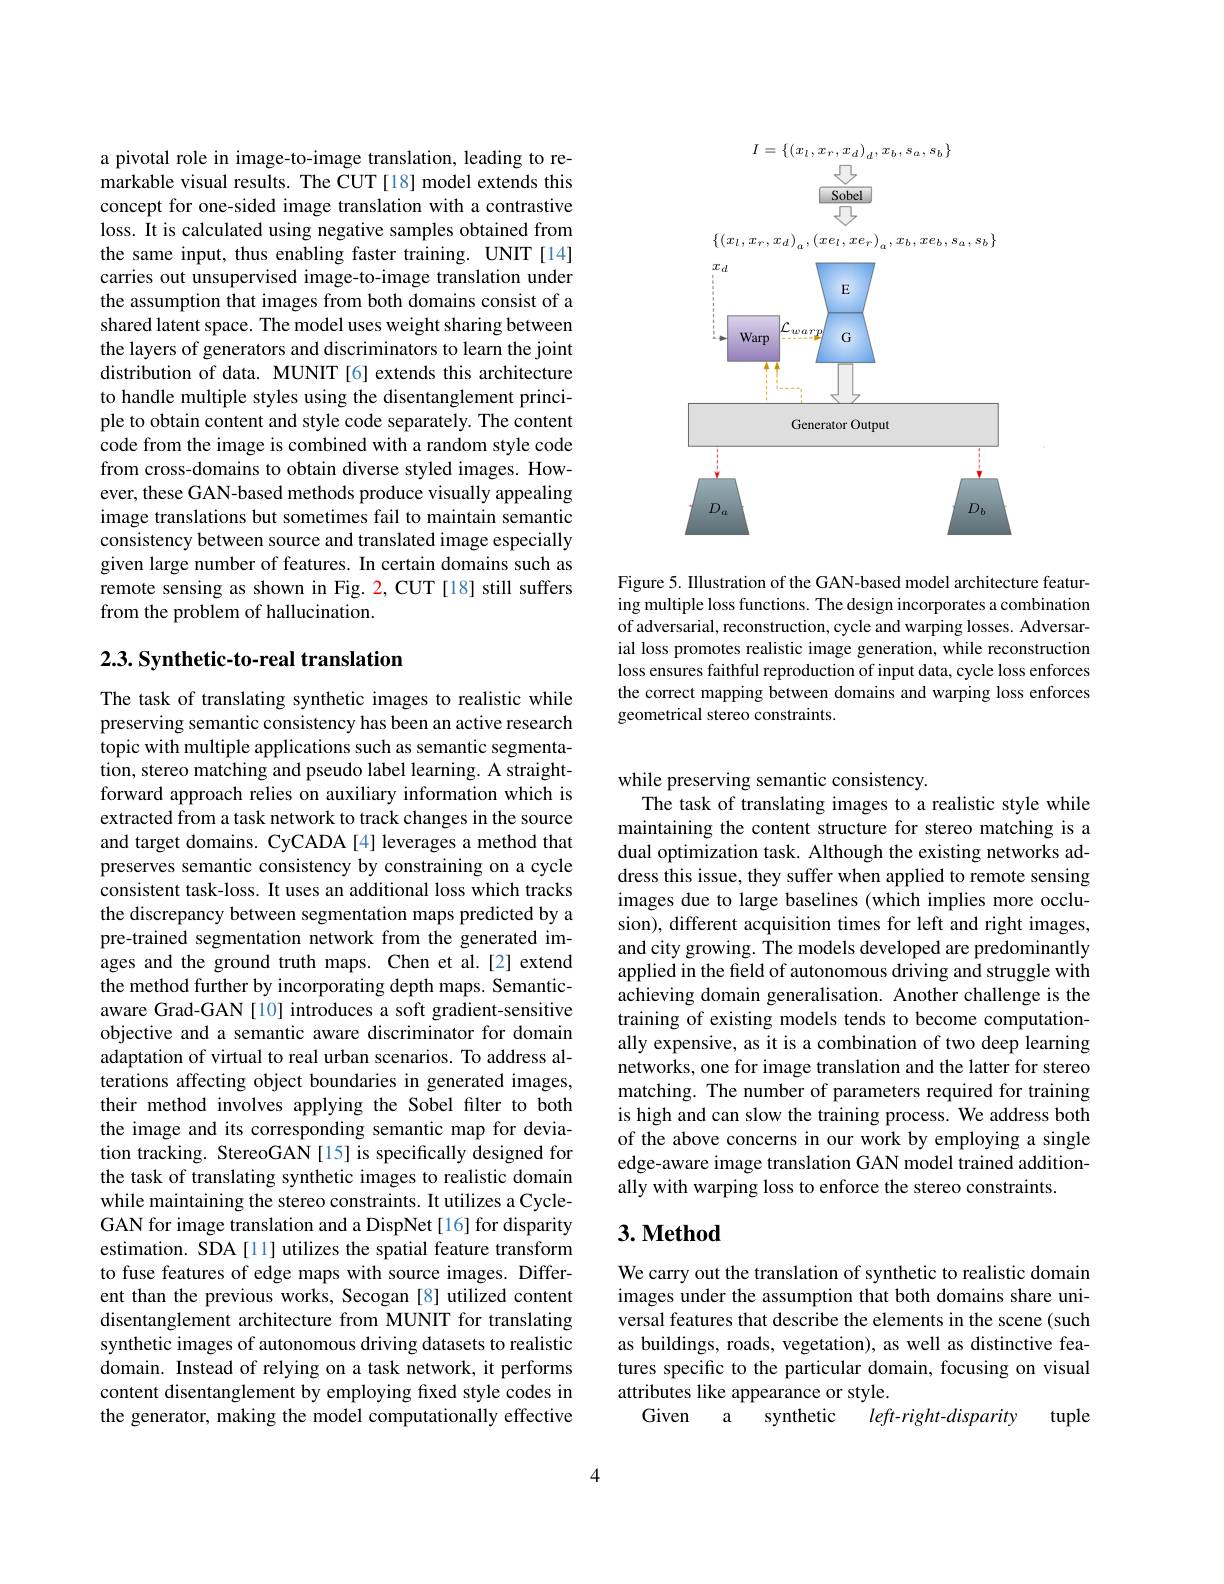
a pivotal role in image-to-image translation, leading to remarkable visual results. The CUT [18] model extends this concept for one-sided image translation with a contrastive loss. It is calculated using negative samples obtained from the same input, thus enabling faster training. UNIT [14] carries out unsupervised image-to-image translation under the assumption that images from both domains consist of shared latent space. The model uses weight sharing between the layers of generators and discriminators to learn the joint distribution of data. MUNIT[6] extends this architecture to handle multiple styles using the disentanglement principle to obtain content and style code separately. The content code from the image is combined with a random style code from cross-domains to obtain diverse styled images. However, these GAN-based methods produce visually appealing image translations but sometimes fail to maintain semantic consistency between source and translated image especially given large number of features. In certain domains such as remote sensing as shown in Fig. 2, CUT [18] still suffers from the problem of hallucination.

## $2. 3. \textbf{Synthetic- to- real translation}$

The task of translating synthetic images to realistic while preserving semantic consistency has been an active research topic with multiple applications such as semantic segmentation, stereo matching and pseudo label learning. A straightforward approach relies on auxiliary information which is extracted from a task network to track changes in the source and target domains. CyCADA[4] leverages a method that preserves semantic consistency by constraining on a cycle consistent task-loss. It uses an additional loss which tracks the discrepancy between segmentation maps predicted by a pre-trained segmentation network from the generated images and the ground truth maps. Chen et al.[2] extend the method further by incorporating depth maps. Semanticaware Grad-GAN [10] introduces a soft gradient-sensitive objective and a semantic aware discriminator for domain adaptation of virtual to real urban scenarios. To address alterations affecting object boundaries in generated images, their method involves applying the Sobel filter to both the image and its corresponding semantic map for deviation tracking. StereoGAN[15] is specifically designed for the task of translating synthetic images to realistic domain while maintaining the stereo constraints. It utilizes a CycleGAN for image translation and a DispNet [16] for disparity estimation. SDA [11] utilizes the spatial feature transform to fuse features of edge maps with source images. Different than the previous works, Secogan [8] utilized content disentanglement architecture from MUNIT for translating synthetic images of autonomous driving datasets to realistic domain. Instead of relying on a task network, it performs content disentanglement by employing fixed style codes in the generator, making the model computationally effective

<FigureHere>

Figure 5. Illustration of the GAN-based model architecture featuring multiple loss functions. The design incorporates a combination of adversarial, reconstruction, cycle and warping losses. Adversarial loss promotes realistic image generation, while reconstruction loss ensures faithful reproduction of input data, cycle loss enforces the correct mapping between domains and warping loss enforces geometrical stereo constraints.

while preserving semantic consistency.
The task of translating images to a realistic style while maintaining the content structure for stereo matching is a dual optimization task. Although the existing networks address this issue, they suffer when applied to remote sensing images due to large baselines (which implies more occlusion), different acquisition times for left and right images, and city growing. The models developed are predominantly applied in the field of autonomous driving and struggle with achieving domain generalisation. Another challenge is the training of existing models tends to become computationally expensive, as it is a combination of two deep learning networks, one for image translation and the latter for stereo matching. The number of parameters required for training is high and can slow the training process. We address both of the above concerns in our work by employing a single edge-aware image translation GAN model trained additionally with warping loss to enforce the stereo constraints.

## $3. \textbf{Method}$

We carry out the translation of synthetic to realistic domain images under the assumption that both domains share universal features that describe the elements in the scene (such as buildings, roads, vegetation), as well as distinctive features specific to the particular domain, focusing on visual attributes like appearance or style.
Given
left-right-disparity tuple
synthetic
a

4